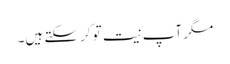
مگر آپ نیت تو کرسکتے ہیں۔